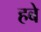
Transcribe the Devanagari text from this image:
हबे